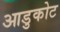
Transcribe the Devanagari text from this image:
आडुकोट